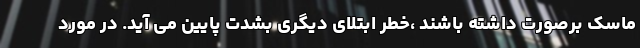
ماسک برصورت داشته باشند ،خطر ابتلای دیگری بشدت پایین می آید. در مورد